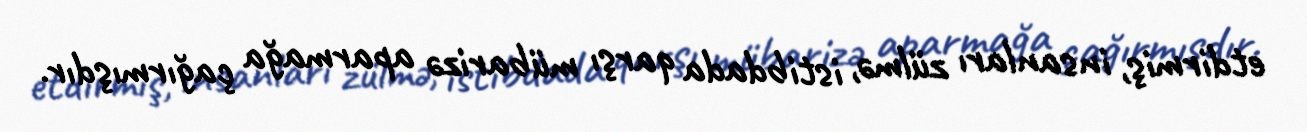
etdirmiş, insanları zülmə, istibdada qarşı mübarizə aparmağa çağırmışdır.